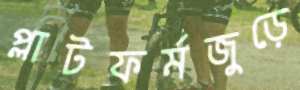
প্লাটফর্মজুড়ে